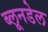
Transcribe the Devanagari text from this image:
ब्लूनडेल